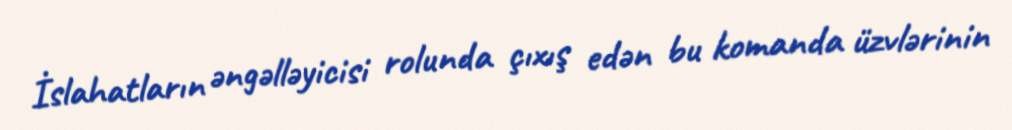
İslahatların əngəlləyicisi rolunda çıxış edən bu komanda üzvlərinin